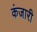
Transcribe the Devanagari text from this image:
कंजारी